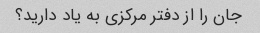
جان را از دفتر مرکزی به یاد دارید؟